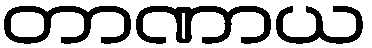
တာဏာယ